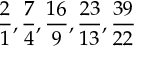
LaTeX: { \frac { 2 } { 1 } } , { \frac { 7 } { 4 } } , { \frac { 1 6 } { 9 } } , { \frac { 2 3 } { 1 3 } } , { \frac { 3 9 } { 2 2 } }